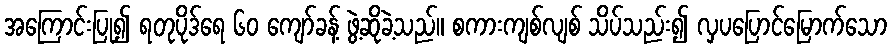
အကြောင်းပြု၍ ရတုပိုဒ်ရေ ၆၀ ကျော်ခန့် ဖွဲ့ဆိုခဲ့သည်။ စကားကျစ်လျစ် သိပ်သည်း၍ လှပပြောင်မြောက်သော